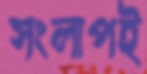
সংলাপই